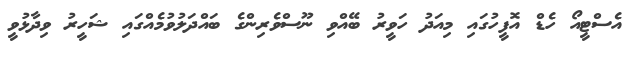
އެސްޓީއޯ ހެޑް އޮފީހުގައި މިއަދު ހަވީރު ބޭއްވި ނޫސްވެރިންގެ ބައްދަލުވުމެއްގައި ޝަހީރު ވިދާޅުވީ